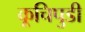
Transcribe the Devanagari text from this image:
कूचिपुडी